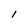
Character: l